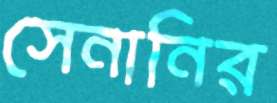
সেনানির